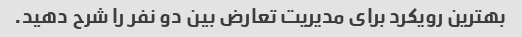
بهترین رویکرد برای مدیریت تعارض بین دو نفر را شرح دهید.